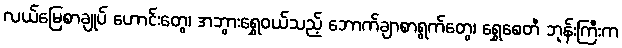
လယ်မြေစာချုပ် ဟောင်းတွေ၊ အဘွားရွှေဝယ်သည့် ဘောက်ချာစာရွက်တွေ၊ ရွှေစေတီ ဘုန်းကြီးက